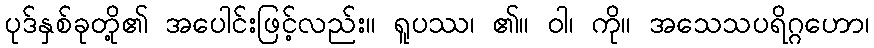
ပုဒ်နှစ်ခုတို့၏ အပေါင်းဖြင့်လည်း။ ရူပဿ၊ ၏။ ဝါ၊ ကို။ အသေသပရိဂ္ဂဟော၊